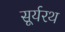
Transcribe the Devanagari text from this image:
सूर्यरथ